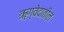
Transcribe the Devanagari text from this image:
ॠग्वेदातील